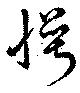
愕